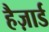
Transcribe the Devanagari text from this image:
हैज़ार्ड